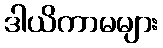
ဒါယိကာမများ